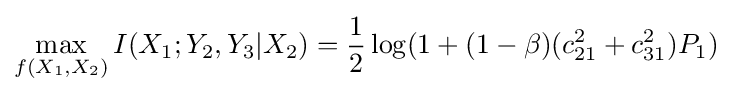
\max _{f(X_{1},X_{2})}I(X_{1};Y_{2},Y_{3}|X_{2})={\frac {1}{2}}\log(1+(1-\beta )(c_{21}^{2}+c_{31}^{2})P_{1})